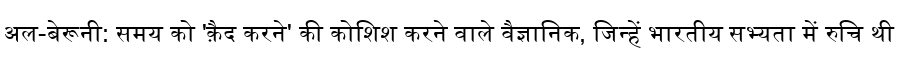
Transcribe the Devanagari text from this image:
अल-बेरूनी: समय को 'क़ैद करने' की कोशिश करने वाले वैज्ञानिक, जिन्हें भारतीय सभ्यता में रुचि थी